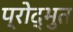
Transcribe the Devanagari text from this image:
प्रोद्भुत